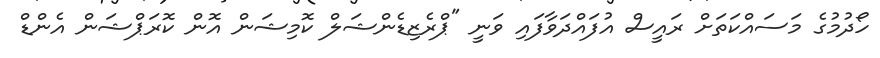
ހޯދުމުގެ މަސައްކަތަށް ރައީސް އުފައްދަވާފައި ވަނީ "ޕްރެޒިޑެންޝަލް ކޮމިޝަން އޮން ކޮރަޕްޝަން އެންޑް